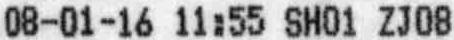
08-01-16 11:55 SH01 ZJ08